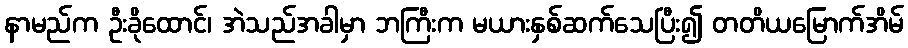
နာမည်က ဦးခိုထောင်၊ အဲသည်အခါမှာ ဘကြီးက မယားနှစ်ဆက်သေပြီး၍ တတိယမြောက်အိမ်